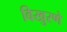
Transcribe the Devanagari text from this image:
विखुरणे